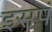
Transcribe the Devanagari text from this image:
इसपं